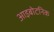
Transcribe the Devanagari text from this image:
आइबोटनिक